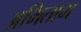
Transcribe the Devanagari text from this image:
अभिताभ